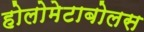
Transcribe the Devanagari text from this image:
होलोमेटाबोलस